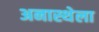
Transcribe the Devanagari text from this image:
अनास्थेला